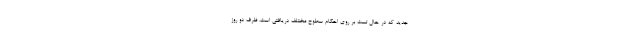
جدید که در حال تست بر روی احکام سطوح مختلف دریافتی است، ظرف دو روز